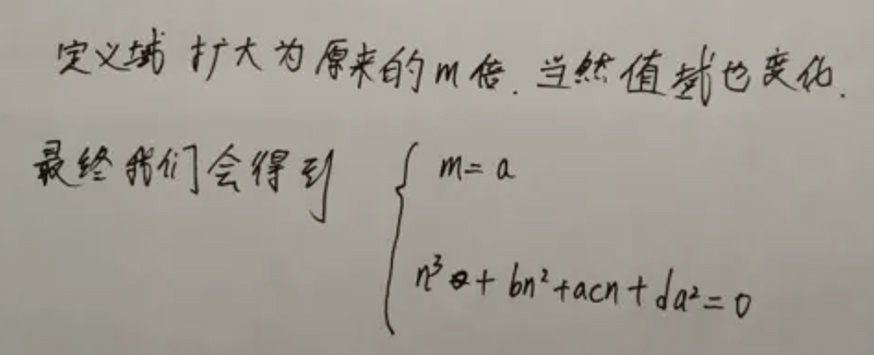
定义域扩大为原来的$m$倍. 当然值域也变化.
最终我们会得到
\[
\begin{cases}
m = a \\
n^{3}a + bn^{2}+acn + da^{2}=0
\end{cases}
\]